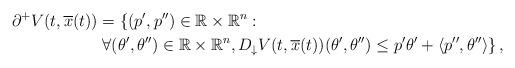
LaTeX: \begin{align*}\partial^+ V(t, \overline{x}(t))&=\left\lbrace (p',p'') \in\mathbb{R}\times\mathbb{R}^n :\right. \\&\left. \forall (\theta',\theta'')\in\mathbb{R}\times\mathbb{R}^n, D_{\downarrow} V (t,\overline{x}(t))(\theta',\theta'') \leq p' \theta'+ \langle p'',\theta'' \rangle \right\rbrace,\end{align*}